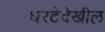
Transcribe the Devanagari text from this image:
घरटेदेखील